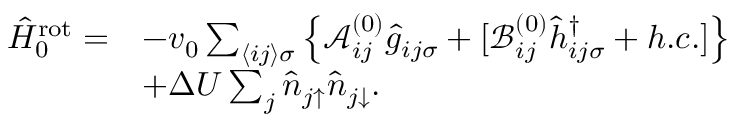
\begin{array} { r l } { \hat { H } _ { 0 } ^ { \mathrm { r o t } } = } & { - v _ { 0 } \sum _ { \langle i j \rangle \sigma } \left\{ \mathcal { A } _ { i j } ^ { ( 0 ) } \hat { g } _ { i j \sigma } + [ \mathcal { B } _ { i j } ^ { ( 0 ) } \hat { h } _ { i j \sigma } ^ { \dagger } + h . c . ] \right\} } \\ & { + \Delta U \sum _ { j } \hat { n } _ { j \uparrow } \hat { n } _ { j \downarrow } . } \end{array}